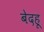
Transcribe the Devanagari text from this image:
बेदहू